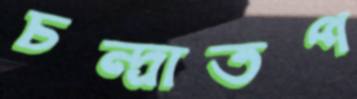
চন্দ্রাতপ